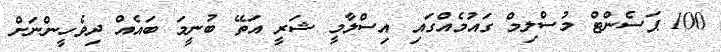
100 ޕަސެންޓް މުސްލިމް ގައުމެއްގައި އިސްލާމީ ޝަރީ އަތޭ ބުނީމަ ބައެއް ދިވެހީންނަށް